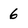
Character: 6